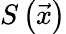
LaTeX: S\left(\vec{x}\right)